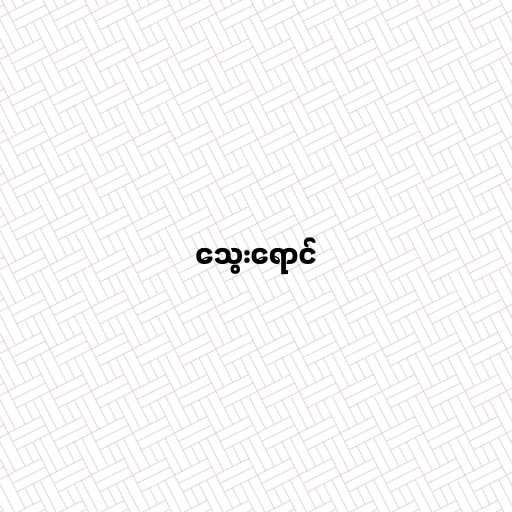
သွေးရောင်